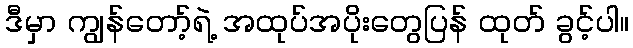
ဒီမှာ ကျွန်တော့်ရဲ့ အထုပ်အပိုးတွေပြန် ထုတ် ခွင့်ပါ။